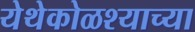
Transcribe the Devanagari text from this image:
येथेकोळश्याच्या